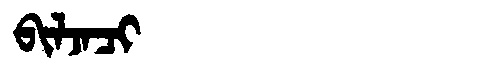
Manchu: ᠪᡳᠯᠵᠠᠴᡳ
Romanization: BILJACI